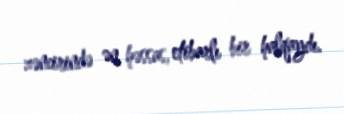
zəncirində ən həssas, etibarlı bir halqaydı.